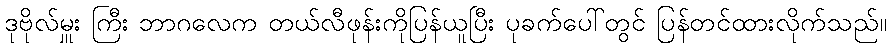
ဒုဗိုလ်မှူး ကြီး ဘာဂလေက တယ်လီဖုန်းကိုပြန်ယူပြီး ပုခက်ပေါ်တွင် ပြန်တင်ထားလိုက်သည်။